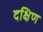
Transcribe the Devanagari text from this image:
दक्षिण